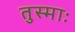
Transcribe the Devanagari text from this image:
तुस्माः